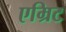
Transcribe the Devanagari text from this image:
एम्रिट